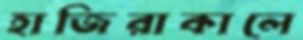
হাজিরাকালে